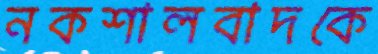
নকশালবাদকে